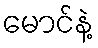
မောင်နဲ့